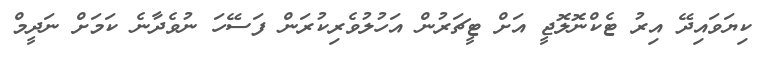
ކިޔަވައިދޭ އިރު ޓެކްނޮލޮޖީ އަށް ޓީޗަރުން އަހުލުވެރިކުރަން ފަސޭހަ ނުވެދާނެ ކަމަށް ނަދީމް